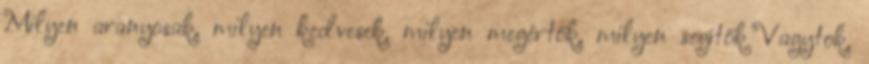
Milyen aranyosak, milyen kedvesek, milyen megértők, milyen segítők Vagytok,